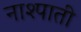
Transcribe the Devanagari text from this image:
नाश्पाती